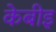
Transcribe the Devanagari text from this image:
केबीइ